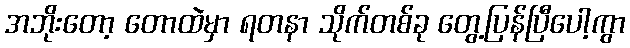
အဘိုးတော့ တောထဲမှာ ရတနာ သိုက်တစ်ခု တွေ့ပြန်ပြီပေါ့ကွာ